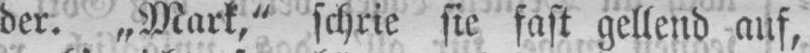
der. „Mark,“ schrie sie fast gellend auf,